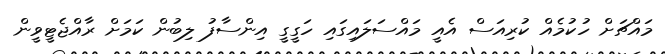
މައްޗަށް ހުކުމެއް ކުރިއަސް އެއީ މައްސަލައިގައި ހަގީގީ އިންސާފު ލިބުން ކަމަށް ރާއްޖެޓީވީން